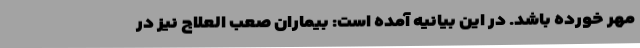
مهر خورده باشد. در این بیانیه آمده است: بیماران صعب العلاج نیز در